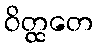
ဝိတ္ထတေ